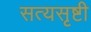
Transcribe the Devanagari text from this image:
सत्यसृष्टी